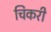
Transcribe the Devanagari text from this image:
चिकरी